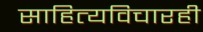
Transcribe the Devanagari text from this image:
साहित्यविचारही